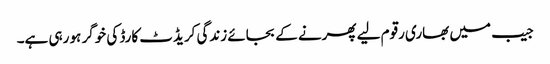
جیب میں بھاری رقوم لیے پھرنے کے بجائے زندگی کریڈٹ کارڈ کی خوگر ہو رہی ہے۔